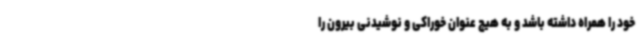
خود را همراه داشته باشد و به هیچ عنوان خوراکی و نوشیدنی بیرون را